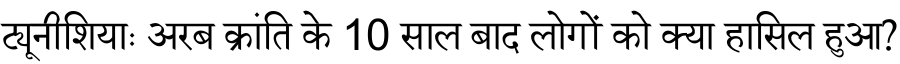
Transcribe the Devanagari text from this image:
ट्यूनीशियाः अरब क्रांति के 10 साल बाद लोगों को क्या हासिल हुआ?